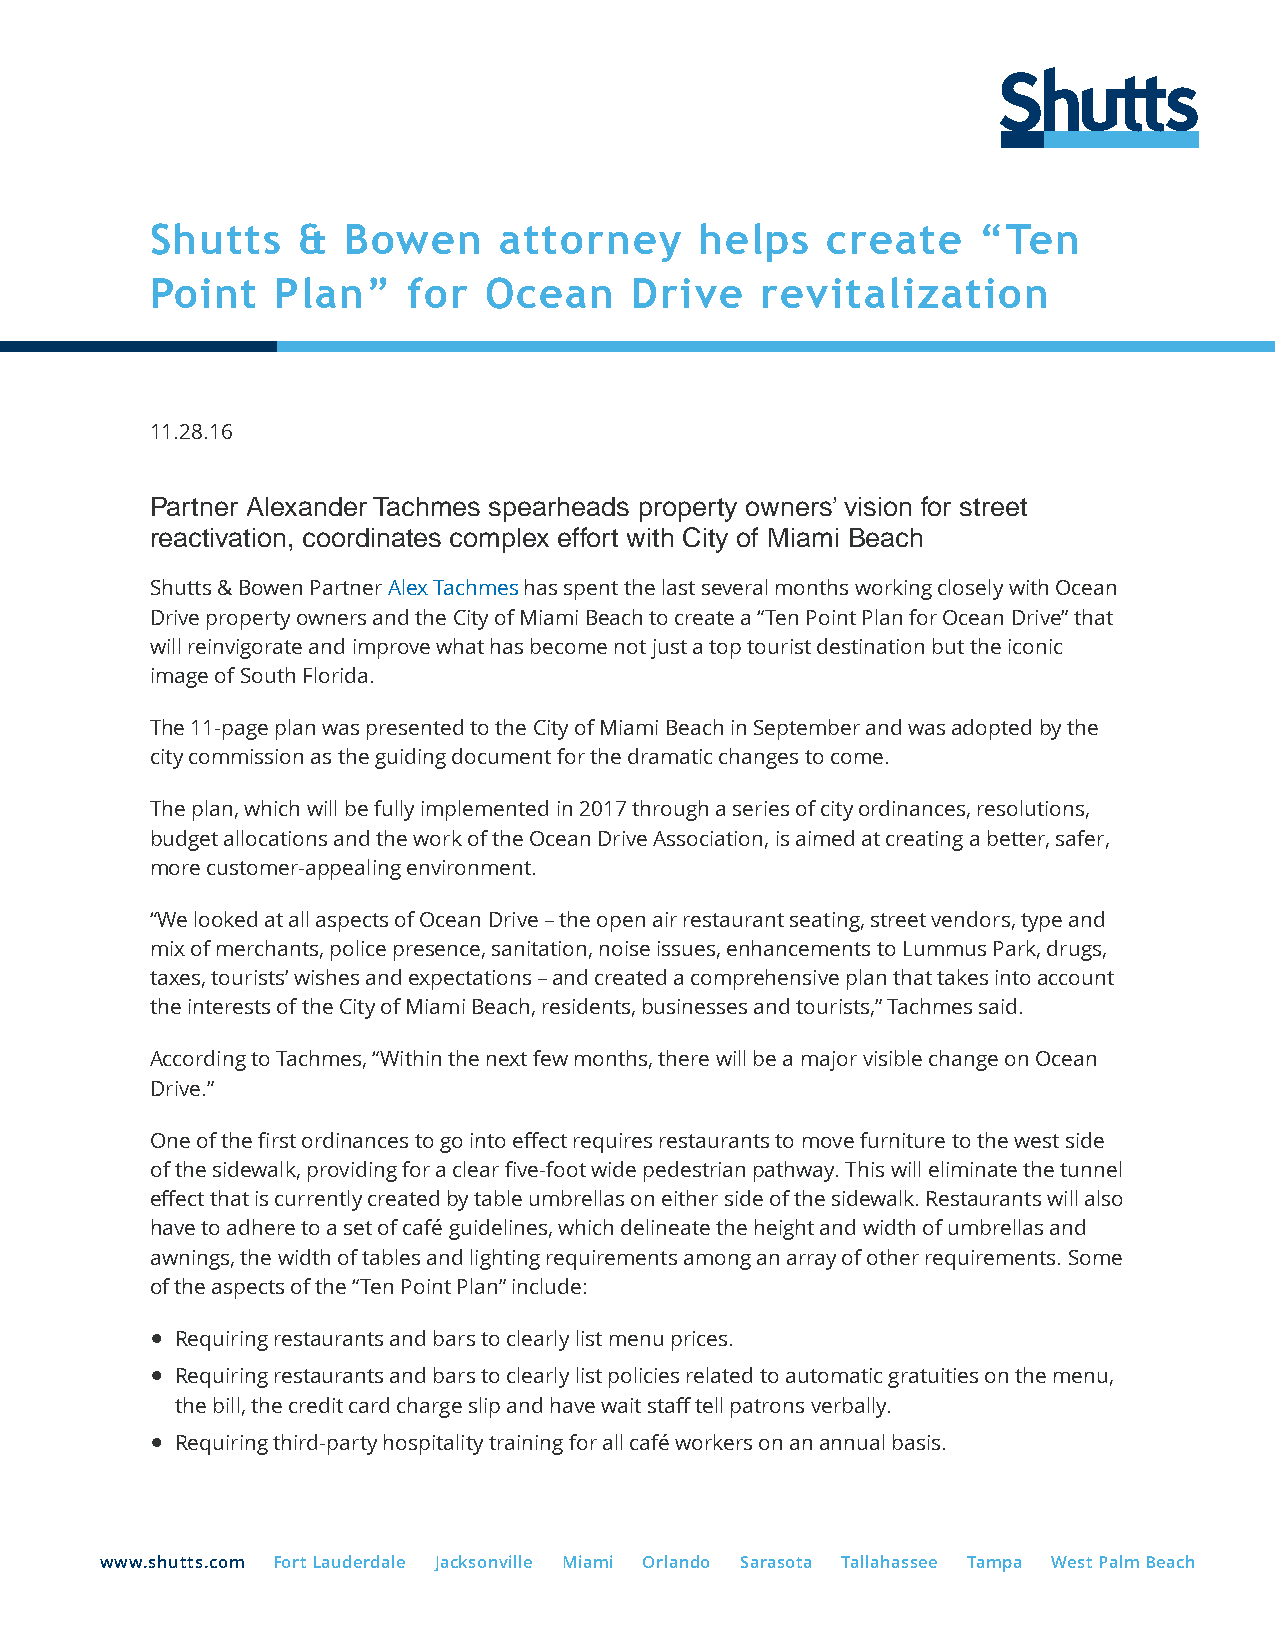
Shutts    &  Bowen     attorney     helps    create    “Ten
 Point   Plan”    for  Ocean     Drive   revitalization
 11.28.16
 Partner Alexander Tachmes spearheads property owners’ vision for street
 reactivation, coordinates complex effort with City of Miami Beach
 Shutts & Bowen Partner Alex Tachmes has spent the last several months working closely with Ocean
 Drive property owners and the City of Miami Beach to create a “Ten Point Plan for Ocean Drive” that
 will reinvigorate and improve what has become not just a top tourist destination but the iconic
 image of South Florida.
 The 11-page plan was presented to the City of Miami Beach in September and was adopted by the
 city commission as the guiding document for the dramatic changes to come.
 The plan, which will be fully implemented in 2017 through a series of city ordinances, resolutions,
 budget allocations and the work of the Ocean Drive Association, is aimed at creating a better, safer,
 more customer-appealing environment.
 “We looked at all aspects of Ocean Drive – the open air restaurant seating, street vendors, type and
 mix of merchants, police presence, sanitation, noise issues, enhancements to Lummus Park, drugs,
 taxes, tourists’ wishes and expectations – and created a comprehensive plan that takes into account
 the interests of the City of Miami Beach, residents, businesses and tourists,” Tachmes said.
 According to Tachmes, “Within the next few months, there will be a major visible change on Ocean
 Drive.”
 One of the first ordinances to go into effect requires restaurants to move furniture to the west side
 of the sidewalk, providing for a clear five-foot wide pedestrian pathway. This will eliminate the tunnel
 effect that is currently created by table umbrellas on either side of the sidewalk. Restaurants will also
 have to adhere to a set of café guidelines, which delineate the height and width of umbrellas and
 awnings, the width of tables and lighting requirements among an array of other requirements. Some
 of the aspects of the “Ten Point Plan” include:
 ● Requiring restaurants and bars to clearly list menu prices.
 ● Requiring restaurants and bars to clearly list policies related to automatic gratuities on the menu,
 the bill, the credit card charge slip and have wait staff tell patrons verbally.
 ● Requiring third-party hospitality training for all café workers on an annual basis.
 www.shutts.com Fort Lauderdale Jacksonville Miami Orlando Sarasota Tallahassee Tampa West Palm Beach